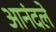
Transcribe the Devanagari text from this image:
आनंदले